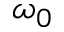
\omega _ { 0 }